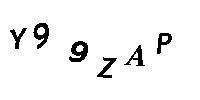
Y99ZAP